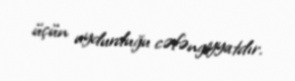
üçün uydurduğu cəfəngiyyatdır.